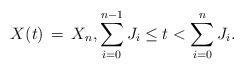
LaTeX: \begin{align*}X(t) \, = \, X_n, \sum_{i=0}^{n-1} J_i \leq t < \sum_{i=0}^{n}J_i.\end{align*}